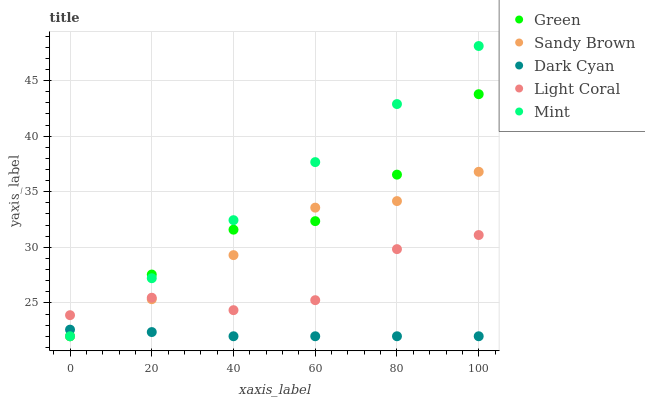
| xaxis_label | Green | Sandy Brown | Dark Cyan | Light Coral | Mint |
 | --- | --- | --- | --- | --- | --- |
 | 0 | 22 | 22 | 22.6 | 23.9 | 22 |
 | 20 | 27.6 | 25.3 | 22.4 | 25.5 | 27.2 |
 | 40 | 31.6 | 29.3 | 22 | 24.3 | 32.4 |
 | 60 | 32.4 | 33.6 | 22 | 25.2 | 37.7 |
 | 80 | 36.5 | 34.2 | 22 | 29.8 | 42.9 |
 | 100 | 43.8 | 36.8 | 22 | 31.1 | 48.1 |